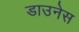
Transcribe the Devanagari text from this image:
डाउनेस